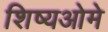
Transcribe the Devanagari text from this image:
शिष्यओमे